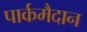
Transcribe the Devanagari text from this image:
पार्कमैदान